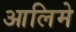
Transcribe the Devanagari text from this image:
आलिमे